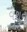
વશનૂ